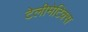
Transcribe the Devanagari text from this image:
टेलीमेटिक्स